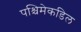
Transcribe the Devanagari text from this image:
पश्चिमेकडिल